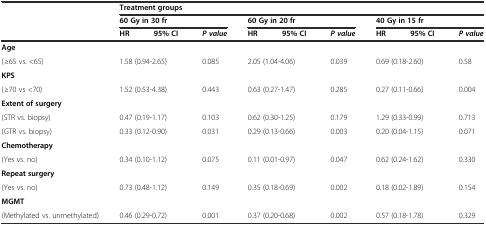
<table><thead><tr><td rowspan="3"></td><td colspan="9"><b>Treatment groups</b></td></tr><tr><td colspan="3"><b>60 Gy in 30 fr</b></td><td colspan="3"><b>60 Gy in 20 fr</b></td><td colspan="3"><b>40 Gy in 15 fr</b></td></tr><tr><td><b>HR</b></td><td><b>95% CI</b></td><td><b><i>P value</i></b></td><td><b>HR</b></td><td><b>95% CI</b></td><td><b><i>P value</i></b></td><td><b>HR</b></td><td><b>95% CI</b></td><td><b><i>P value</i></b></td></tr></thead><tbody><tr><td><b>Age</b></td><td colspan="2"></td><td></td><td colspan="2"></td><td></td><td colspan="2"></td><td></td></tr><tr><td>(≥65 vs. &lt;65)</td><td colspan="2">1.58 (0.94-2.65)</td><td>0.085</td><td colspan="2">2.05 (1.04-4.06)</td><td>0.039</td><td colspan="2">0.69 (0.18-2.60)</td><td>0.58</td></tr><tr><td><b>KPS</b></td><td colspan="2"></td><td></td><td colspan="2"></td><td></td><td colspan="2"></td><td></td></tr><tr><td>(≥70 vs &lt;70)</td><td colspan="2">1.52 (0.53-4.38)</td><td>0.443</td><td colspan="2">0.63 (0.27-1.47)</td><td>0.285</td><td colspan="2">0.27 (0.11-0.66)</td><td>0.004</td></tr><tr><td><b>Extent of surgery</b></td><td colspan="2"></td><td></td><td colspan="2"></td><td></td><td colspan="2"></td><td></td></tr><tr><td>(STR vs. biopsy)</td><td colspan="2">0.47 (0.19-1.17)</td><td>0.103</td><td colspan="2">0.62 (0.30-1.25)</td><td>0.179</td><td colspan="2">1.29 (0.33-0.99)</td><td>0.713</td></tr><tr><td>(GTR vs. biopsy)</td><td colspan="2">0.33 (0.12-0.90)</td><td>0.031</td><td colspan="2">0.29 (0.13-0.66)</td><td>0.003</td><td colspan="2">0.20 (0.04-1.15)</td><td>0.071</td></tr><tr><td><b>Chemotherapy</b></td><td colspan="2"></td><td></td><td colspan="2"></td><td></td><td colspan="2"></td><td></td></tr><tr><td>(Yes vs. no)</td><td colspan="2">0.34 (0.10-1.12)</td><td>0.075</td><td colspan="2">0.11 (0.01-0.97)</td><td>0.047</td><td colspan="2">0.62 (0.24-1.62)</td><td>0.330</td></tr><tr><td><b>Repeat surgery</b></td><td colspan="2"></td><td></td><td colspan="2"></td><td></td><td colspan="2"></td><td></td></tr><tr><td>(Yes vs. no)</td><td colspan="2">0.73 (0.48-1.12)</td><td>0.149</td><td colspan="2">0.35 (0.18-0.69)</td><td>0.002</td><td colspan="2">0.18 (0.02-1.89)</td><td>0.154</td></tr><tr><td><b>MGMT</b></td><td colspan="2"></td><td></td><td colspan="2"></td><td></td><td colspan="2"></td><td></td></tr><tr><td>(Methylated vs. unmethylated)</td><td colspan="2">0.46 (0.29-0.72)</td><td>0.001</td><td colspan="2">0.37 (0.20-0.68)</td><td>0.002</td><td colspan="2">0.57 (0.18-1.78)</td><td>0.329</td></tr></tbody></table>